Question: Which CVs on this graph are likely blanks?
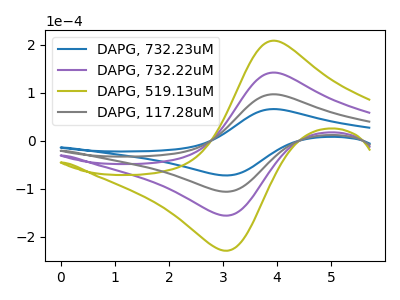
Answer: <think>The blue curve "DAPG, 732.23uM" has an anodic peak at (3.95V, 65.75uA) and a cathodic peak at (3.00V, -72.30uA). The purple curve "DAPG, 732.22uM" has an anodic peak at (3.95V, 193.05uA) and a cathodic peak at (3.00V, -212.25uA). The olive curve "DAPG, 519.13uM" has an anodic peak at (3.95V, 289.55uA) and a cathodic peak at (3.00V, -318.35uA). The gray curve "DAPG, 117.28uM" has an anodic peak at (3.95V, 96.50uA) and a cathodic peak at (3.00V, -106.10uA).</think>
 <answer>There are not any CV's on this graph that are likely to be blanks.</answer>
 <eval>none</eval>